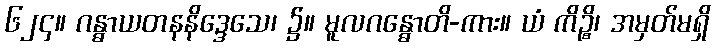
၆၂၄။ ဂန္ဓာယတနနိဒ္ဒေသေ၊ ၌။ မူလဂန္ဓောတိ-ကား။ ယံ ကိဉ္စိ၊ အမှတ်မရှိ